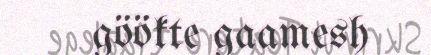
göökte gaamesh